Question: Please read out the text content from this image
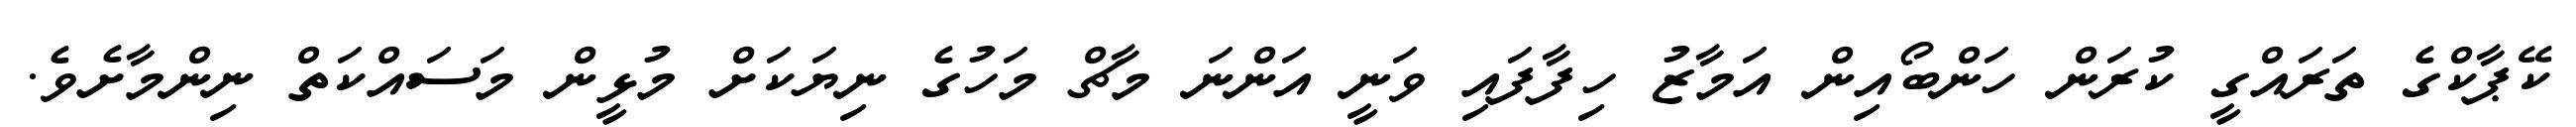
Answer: ކޭޕާކްގެ ތަރައްގީ ކުރަން ހަންބޯއިން އަމާޒު ހިފާފައި ވަނީ އަންނަ މާޗް މަހުގެ ނިޔަކަށް މުޅީން މަސައްކަތް ނިންމާށެވެ.